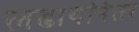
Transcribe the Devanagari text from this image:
लढायांनंतर